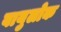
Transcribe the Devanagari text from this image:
वायुलोक